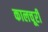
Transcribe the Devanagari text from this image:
कालचूरी